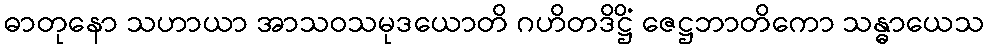
ဓာတုနော သဟာယာ အာသဝသမုဒယောတိ ဂဟိတဒိဋ္ဌိံ ဇေဋ္ဌဘာတိကော သန္ဓာယေသ